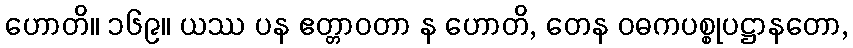
ဟောတိ။ ၁၆၉။ ယဿ ပန ဧတ္တာဝတာ န ဟောတိ, တေန ဝဓကပစ္စုပဋ္ဌာနတော,